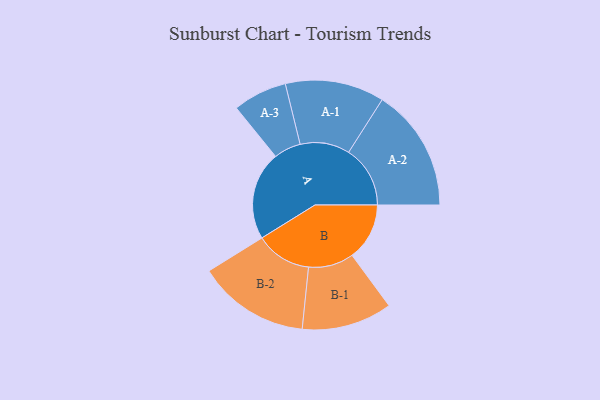
{"axis": {"x": "Segment", "y": "Value"}, "legend": ["", "A", "B"], "data": [{"x": "A", "y": 429, "type": ""}, {"x": "B", "y": 278, "type": ""}, {"x": "A-1", "y": 240, "type": "A"}, {"x": "A-2", "y": 298, "type": "A"}, {"x": "A-3", "y": 131, "type": "A"}, {"x": "B-1", "y": 219, "type": "B"}, {"x": "B-2", "y": 271, "type": "B"}]}